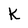
Character: k